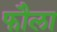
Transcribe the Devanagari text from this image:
फौला